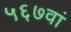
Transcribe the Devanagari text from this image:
५६७वां